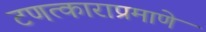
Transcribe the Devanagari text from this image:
टणत्काराप्रमाणे